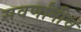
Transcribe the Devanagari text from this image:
सवर्णांनीच